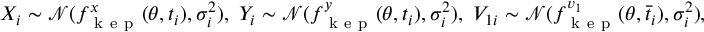
X _ { i } \sim \mathcal { N } ( f _ { \mathrm { ~ k ~ e ~ p ~ } } ^ { x } ( \theta , t _ { i } ) , \sigma _ { i } ^ { 2 } ) , \, \, Y _ { i } \sim \mathcal { N } ( f _ { \mathrm { ~ k ~ e ~ p ~ } } ^ { y } ( \theta , t _ { i } ) , \sigma _ { i } ^ { 2 } ) , \, \, V _ { 1 i } \sim \mathcal { N } ( f _ { \mathrm { ~ k ~ e ~ p ~ } } ^ { v _ { 1 } } ( \theta , \bar { t } _ { i } ) , \sigma _ { i } ^ { 2 } ) , \, \, V _ { 2 i } \sim \mathcal { N } ( f _ { \mathrm { ~ k ~ e ~ p ~ } } ^ { v _ { 2 } } ( \theta , \tilde { t } _ { i } ) , \sigma _ { i } ^ { 2 } ) ,